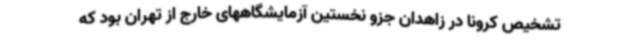
تشخیص کرونا در زاهدان جزو نخستین آزمایشگاههای خارج از تهران بود که